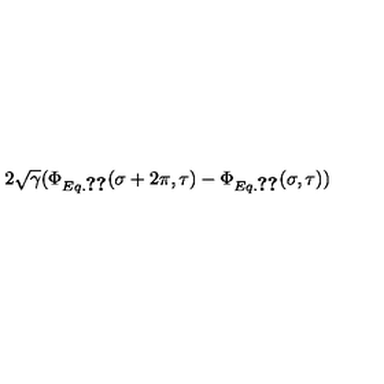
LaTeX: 2 \sqrt \gamma ( \Phi _ { E q . \ref { 4 . 1 } } ( \sigma + 2 \pi , \tau ) - \Phi _ { E q . \ref { 4 . 1 } } ( \sigma , \tau ) )